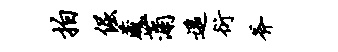
拍倔藏蒲遥衍斧